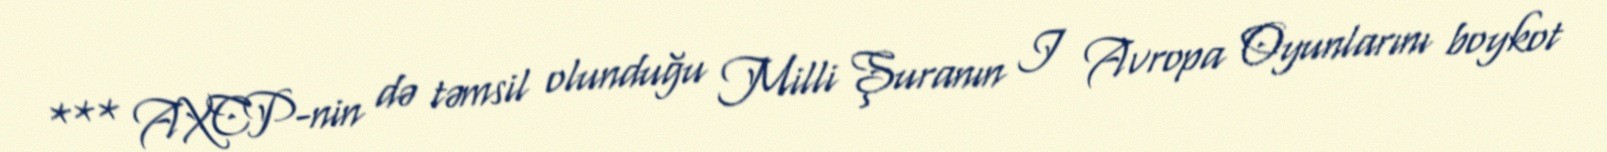
*** AXCP-nin də təmsil olunduğu Milli Şuranın I Avropa Oyunlarını boykot